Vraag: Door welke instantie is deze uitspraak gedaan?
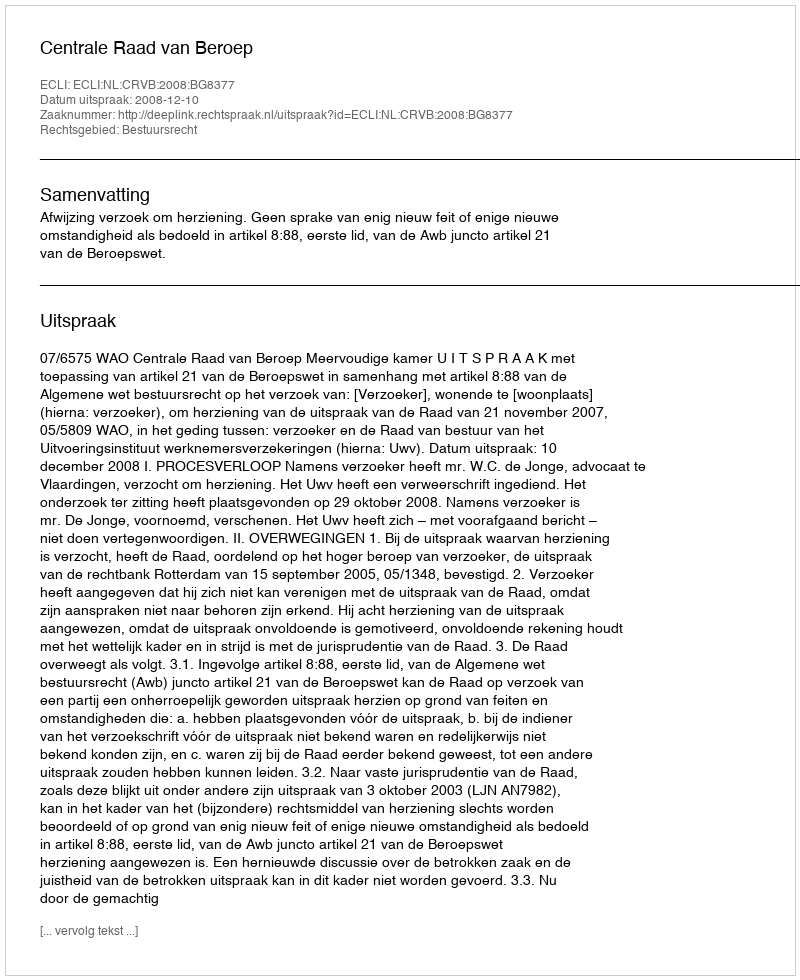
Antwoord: Centrale Raad van Beroep